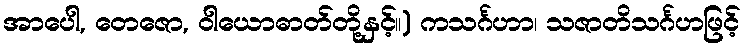
အာပေါ, တေဇော, ဝါယောဓာတ်တို့နှင့်။) ကသင်္ဂဟာ၊ သဇာတိသင်္ဂဟဖြင့်